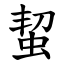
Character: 蛪